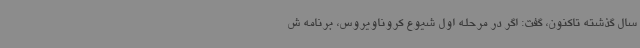
سال گذشته تاکنون، گفت: اگر در مرحله اول شیوع کروناویروس، برنامه ش